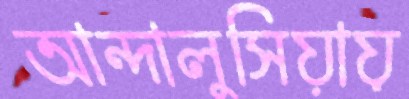
আন্দালুসিয়ায়